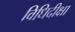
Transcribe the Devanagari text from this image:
विधिदीक्षा